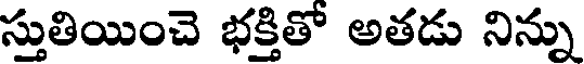
స్తుతియించె భక్తితో అతడు నిన్ను